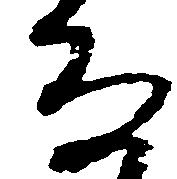
な